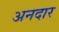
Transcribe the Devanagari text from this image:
अनदार